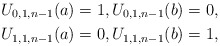
\begin{align*}U_{0,1,n-1}(a)=1,U_{0,1,n-1}(b)=0,\\U_{1,1,n-1}(a)=0,U_{1,1,n-1}(b)=1, \end{align*}